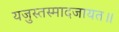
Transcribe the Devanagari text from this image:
यजुस्तस्मादजायत॥